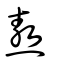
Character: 熬